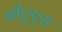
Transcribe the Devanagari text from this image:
बीएएस